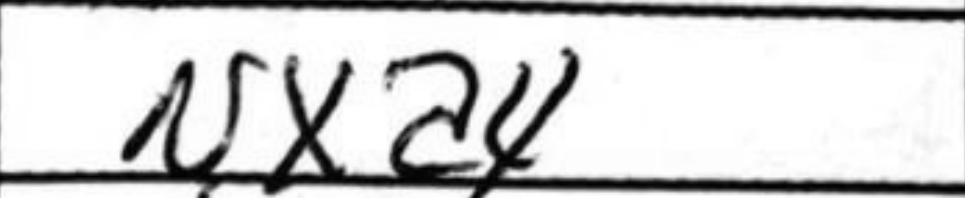
Transcription: Nxa4